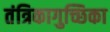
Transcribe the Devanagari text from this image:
तंत्रिकागुच्छिका